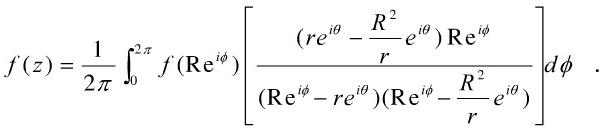
\[
f(z)=\frac{1}{2 \pi} \int_{0}^{2 \pi} f\left(\mathrm{Re}^{i \phi}\right)\left[\frac{\left(r e^{i \theta}-\frac{R^{2}}{r} e^{i \theta}\right) \mathrm{Re}^{i \phi}}{\left(\mathrm{Re}^{i \phi}-r e^{i \theta}\right)\left(\mathrm{Re}^{i \phi}-\frac{R^{2}}{r} e^{i \theta}\right)}\right] d \phi.
\]